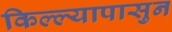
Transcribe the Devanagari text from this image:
किल्ल्यापासुन